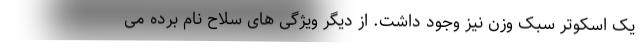
یک اسکوتر سبک وزن نیز وجود داشت. از دیگر ویژگی های سلاح نام برده می